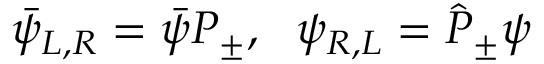
\bar { \psi } _ { L , R } = \bar { \psi } P _ { \pm } , \ \ \psi _ { R , L } = \hat { P } _ { \pm } \psi